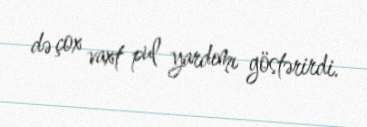
də çox vaxt pul yardımı göstərirdi.